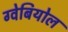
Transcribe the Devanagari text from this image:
ग्वेबियोल